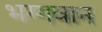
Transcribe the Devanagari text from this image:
भग्गवान